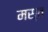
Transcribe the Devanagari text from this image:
मस्‍त